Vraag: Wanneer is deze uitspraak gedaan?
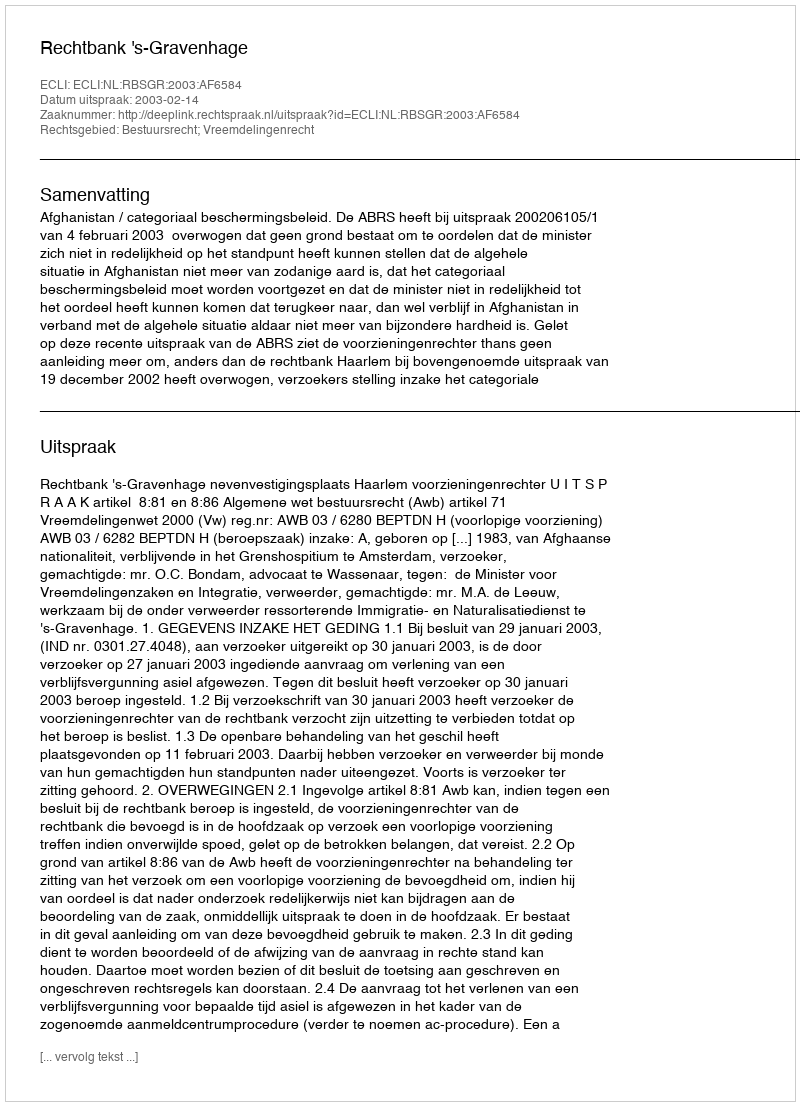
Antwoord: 2003-02-14